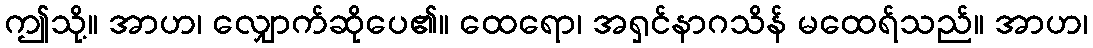
ဤသို့။ အာဟ၊ လျှောက်ဆိုပေ၏။ ထေရော၊ အရှင်နာဂသိန် မထေရ်သည်။ အာဟ၊